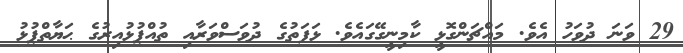
29 ވަނަ ދުވަހު އެވެ. މައްޗަންގޮޅީ ކާމިނީގޭގައެވެ. ޅަފަތުގެ ދުވަސްވަރާއި ތުއްޕުޅުއިރުގެ ޙަޔާތްޕުޅު